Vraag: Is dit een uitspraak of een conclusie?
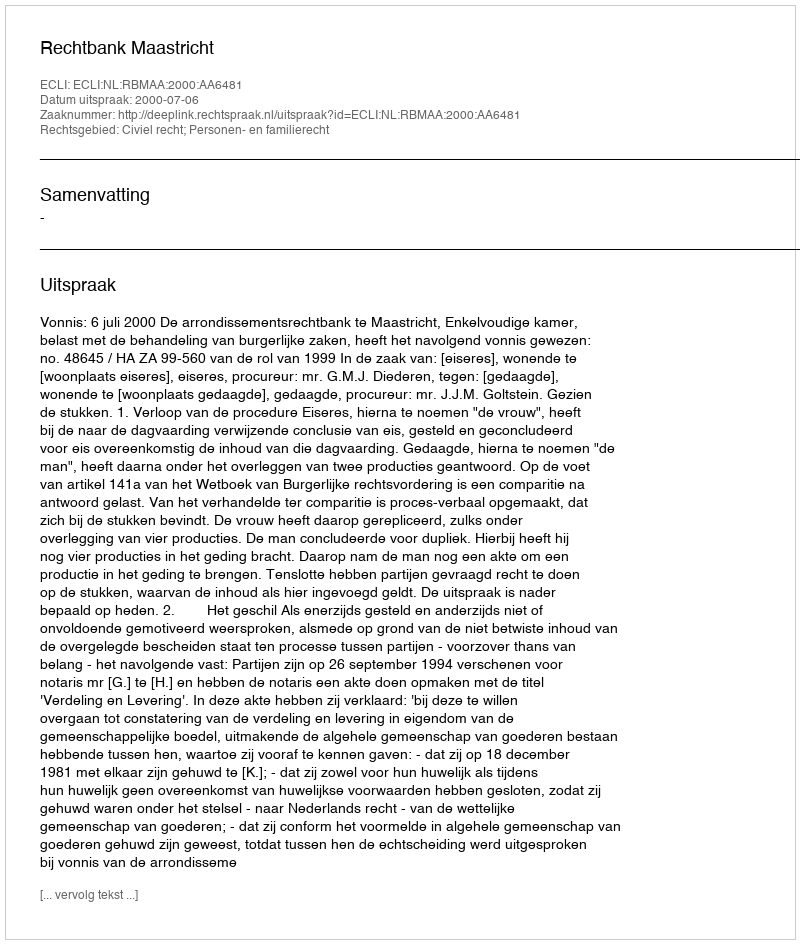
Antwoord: Uitspraak